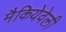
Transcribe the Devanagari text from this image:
मैकियेवेली